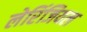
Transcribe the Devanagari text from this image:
लेरिंजियल